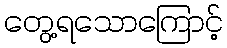
တွေ့ရသောကြောင့်